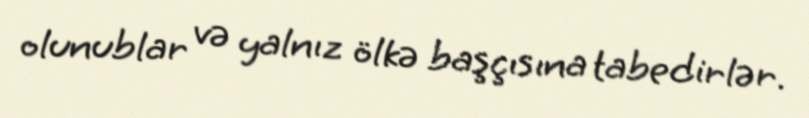
olunublar və yalnız ölkə başçısına tabedirlər.